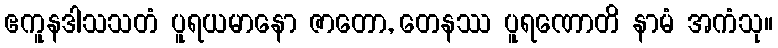
ဧကူနဒါသသတံ ပူရယမာနော ဇာတော, တေနဿ ပူရဏောတိ နာမံ အကံသု။